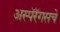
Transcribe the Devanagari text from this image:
अस्पॅरॅगसचे